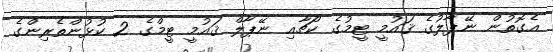
އެގޮތުން ނޭޕާލުގެ ޤައުމީ ޓީމުގެ ކޯޗާއި ނޭޕާލް ޤައުމީ ޓީމްގެ 2 ކުޅުންތެރިންގެ